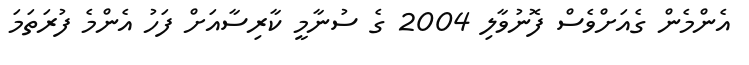
އެންމެން ގެއަށްވެސް ފޮނުވާލި 2004 ގެ ސުނާމީ ކާރިސާއަށް ފަހު އެންމެ ފުރަތަމަ